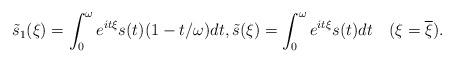
LaTeX: \begin{align*}\tilde{s}_{1}(\xi)=\int_{0}^{\omega}e^{it\xi}s(t)(1-t/{\omega})dt,\tilde{s}(\xi)=\int_{0}^{\omega}e^{it\xi}s(t)dt \quad(\xi = \overline{\xi}). \end{align*}